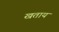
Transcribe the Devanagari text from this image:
खताय